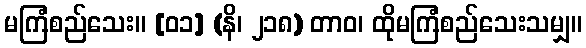
မကြံစည်သေး။ [၀၁] (နိ၊ ၂၁၈) တာဝ၊ ထိုမကြံစည်သေးသမျှ။